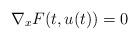
LaTeX: \begin{align*}\nabla_x F(t,u(t))=0\end{align*}